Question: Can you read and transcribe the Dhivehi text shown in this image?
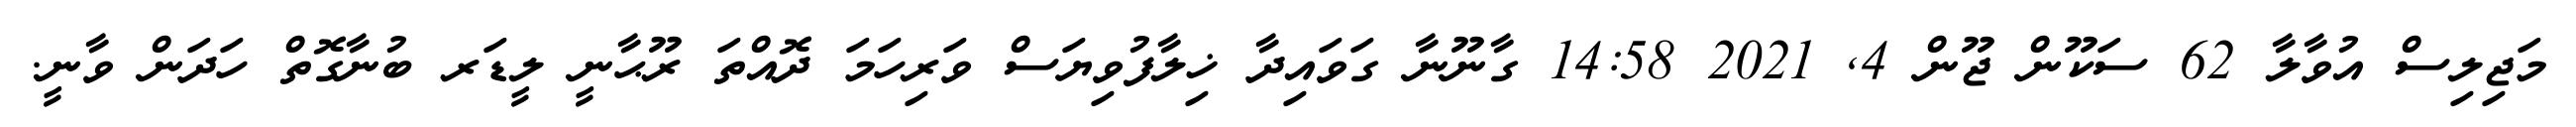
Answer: މަޖިލިސް އުވާލާ 62 ސަކޫން ޖޫން 4, 2021 14:58 ގާނޫނާ ގަވައިދާ ޚިލާފުވިޔަސް ވަރިހަމަ ދޮއްތަ ރޫޙާނީ ލީޑަރ ބުނާގޮތް ހަދަން ވާނީ.